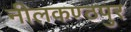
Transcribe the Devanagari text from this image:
नीलकण्ठपुर